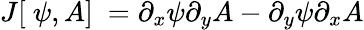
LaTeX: J[\ \psi,A]\ ={\partial_{x}}\psi{\partial_{y}}A-{\partial_{y}}\psi{\partial_{x}}A